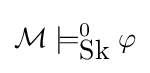
{\mathcal {M}}\models _{\mbox{Sk}}^{0}\varphi